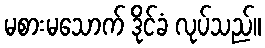
မစားမသောက် ဒိုင်ခံ လုပ်သည်။